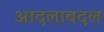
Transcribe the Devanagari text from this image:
आदलाबदल